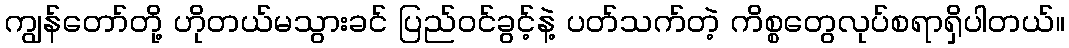
ကျွန်တော်တို့ ဟိုတယ်မသွားခင် ပြည်ဝင်ခွင့်နဲ့ ပတ်သက်တဲ့ ကိစ္စတွေလုပ်စရာရှိပါတယ်။